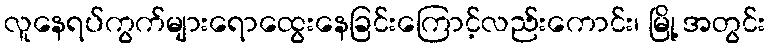
လူနေရပ်ကွက်များရောထွေးနေခြင်းကြောင့်လည်းကောင်း၊ မြို့ အတွင်း